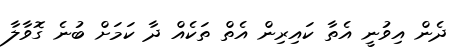
ދެން އިވުނީ އެތާ ކައިރިން އެތް ތަކެއް ދާ ކަމަށް ބުނެ ގޮވާލާ